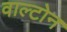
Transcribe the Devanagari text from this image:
वाल्टोन